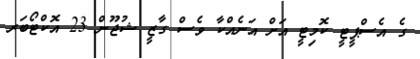
ގެ އެސްޕީޓީ ކޮމިޓީ އަށް އަނެއްކާ ވެސް ގާޒީ ޝުޖޫން 23 އޮކްޓޯބަރ